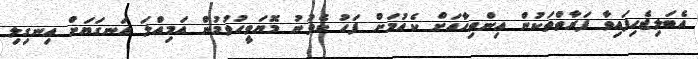
އެބަލިޖެހިފައިވާ ފަރާތްތަކުން އިންތިހާއަށް ކެއުމަށް ފަހު ކެވުނު މޮޔަވީހުވުމުން އަމިއްލަ އަނގަޔަށް އިނގިލި